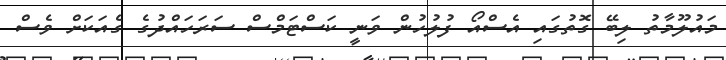
މައުލޫމާތު ލިބޭ ގޮތުގައި އެސްއޯ ފުލުހުން ވަނީ ކަސްޓަމްސް ސަރަހައްދުގެ ގެއަކަށް ވެސް